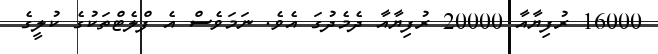
16000 ރުފިޔާއާ 20000 ރުފިޔާއާ ދެމެދުގަ އެވެ. ނަމަވެސް އެ ފްލެޓްތަކުގެ ކުލީގެ